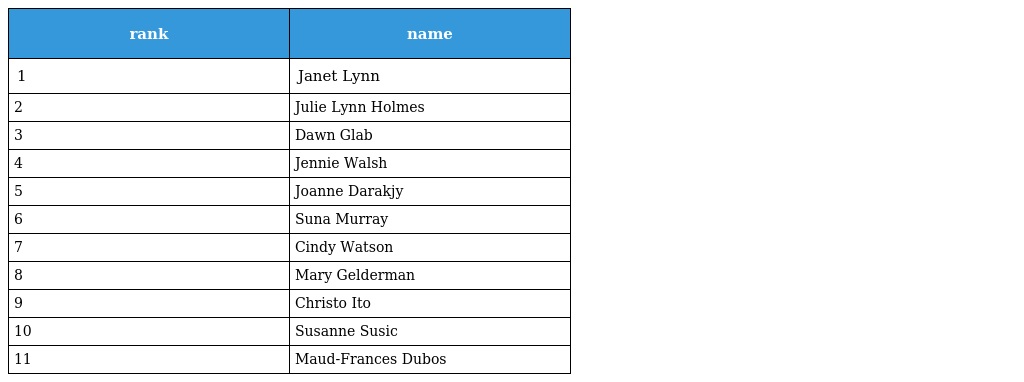
| rank | name |
 | --- | --- |
 | 1 | Janet Lynn |
 | 2 | Julie Lynn Holmes |
 | 3 | Dawn Glab |
 | 4 | Jennie Walsh |
 | 5 | Joanne Darakjy |
 | 6 | Suna Murray |
 | 7 | Cindy Watson |
 | 8 | Mary Gelderman |
 | 9 | Christo Ito |
 | 10 | Susanne Susic |
 | 11 | Maud-Frances Dubos |